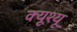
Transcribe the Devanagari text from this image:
क्यूश्यू